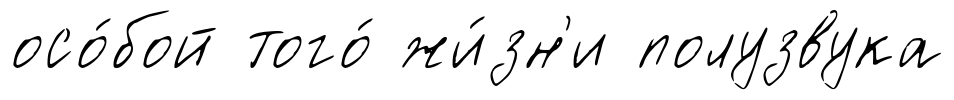
осо́бой того́ жи́зн'и полузвука